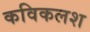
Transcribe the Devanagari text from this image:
कविकलश